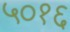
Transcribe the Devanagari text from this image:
५०१६